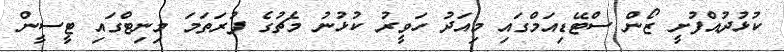
ކުޅުދުއްފުށީ ޒޯން ސްޓޭޑިއަމްގައި މިއަދު ހަވީރު ކުޅުުނު މެޗުގެ ފުރަަތަމަ މިނިޓްގައި ޓީސީން